Burma Government Medical School reports 1907-22
Year: 1907
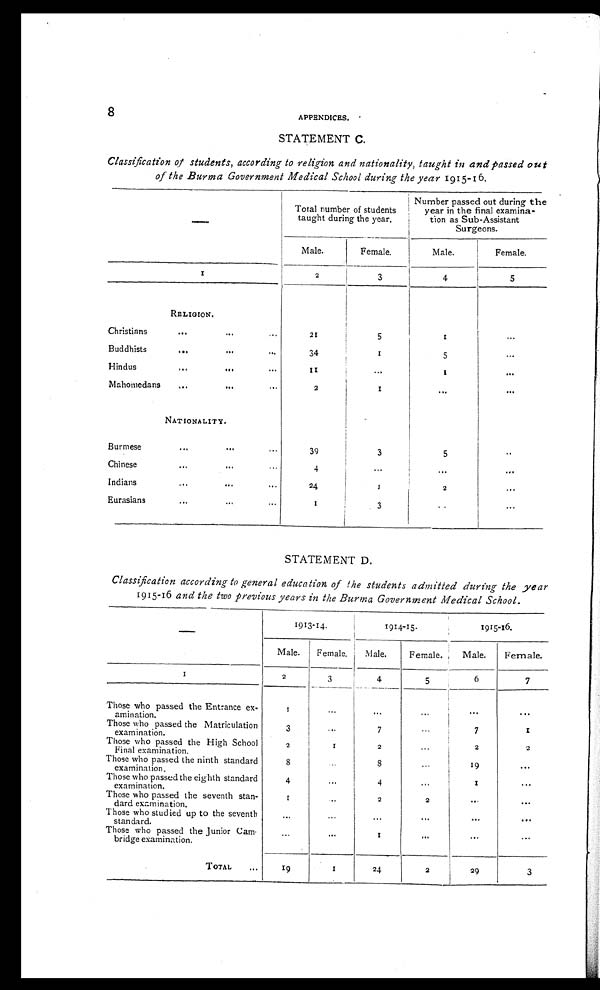
8
APPENDICES.
STATEMENT C.
Classification of students, according to religion and nationality, taught in and passed out
of the Burma Government Medical School during the year 1915-16.
—
Total number of students
taught during the year.
Number passed out during the
year in the final
examina-
tion as Sub-Assistant
Surgeons.
Male.
Female.
Male.
Female.
1
2
3
4
5
RELIGION.
Christians
...
...
...
21
5
1
. . .
Buddhists
...
...
...
34
1
5
...
Hindus
...
...
...
11
...
1
...
Mohomedans
...
...
...
2
1
...
...
NATIONALITY.
Burmese
...
...
...
39
3
5
...
Chinese
. . .
...
...
4
...
...
...
Indians
...
...
...
24
1
2
...
Eurasians
. . .
...
...
1
3
...
...
STATEMENT D.
Classification according to general education of the students admitted during the year
1915-16 and the two previous years in the Burma Government Medical School.
—
1913-14.
1914-15.
1915-16
Male.
Female.
Male.
Female.
Male.
Female.
1
2
3
4
5
6
7
Those who passed the Entrance ex-
amination.
1
...
...
...
...
...
Those who passed the Matriculation
examination.
3
...
7
...
7
1
Those who passed the High School
Final examination.
2
1
2
...
2
2
Those who passed the ninth standard
examination.
8
...
8
...
19
...
Those who passed the eighth standard
examination.
4
...
4
...
1
...
Those who passed the seventh stan-
dard examination.
1
...
2
2
...
...
Those who studied up to the seventh
standard.
...
...
...
...
...
...
Those who passed the Junior Cam
-
bridge examination.
...
...
1
...
...
...
TOTAL
...
19
1
24
2
29
3